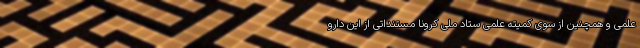
علمی و همچنین از سوی کمیته علمی ستاد ملی کرونا مستنداتی از این دارو